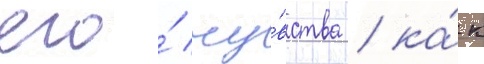
его́ чу́вства / ка́к